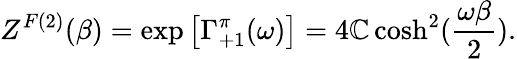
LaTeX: Z^{F(2)}(\beta)=\exp\left[\Gamma_{+1}^{\pi}(\omega)\right]=4\mathbb{C}\cosh^{2}({\frac{{\omega\beta}}{{2}}}).